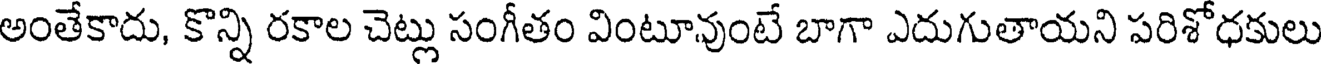
అంతేకాదు, కొన్ని రకాల చెట్లు సంగీతం వింటూవుంటే బాగా ఎదుగుతాయని పరిశోధకులు